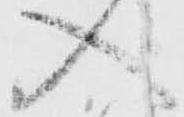
入